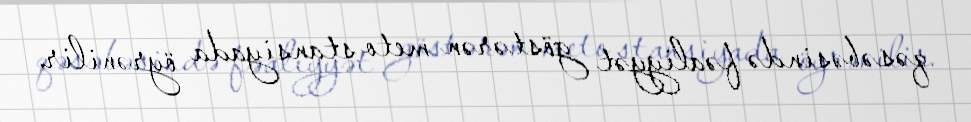
qəsəbəsində fəaliyyət göstərən meto stansiyada öyrənilir.